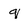
Character: q